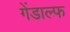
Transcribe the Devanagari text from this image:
गेंडाल्फ